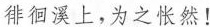
徘徊溪上，为之怅然！